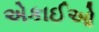
એકાઈઓ